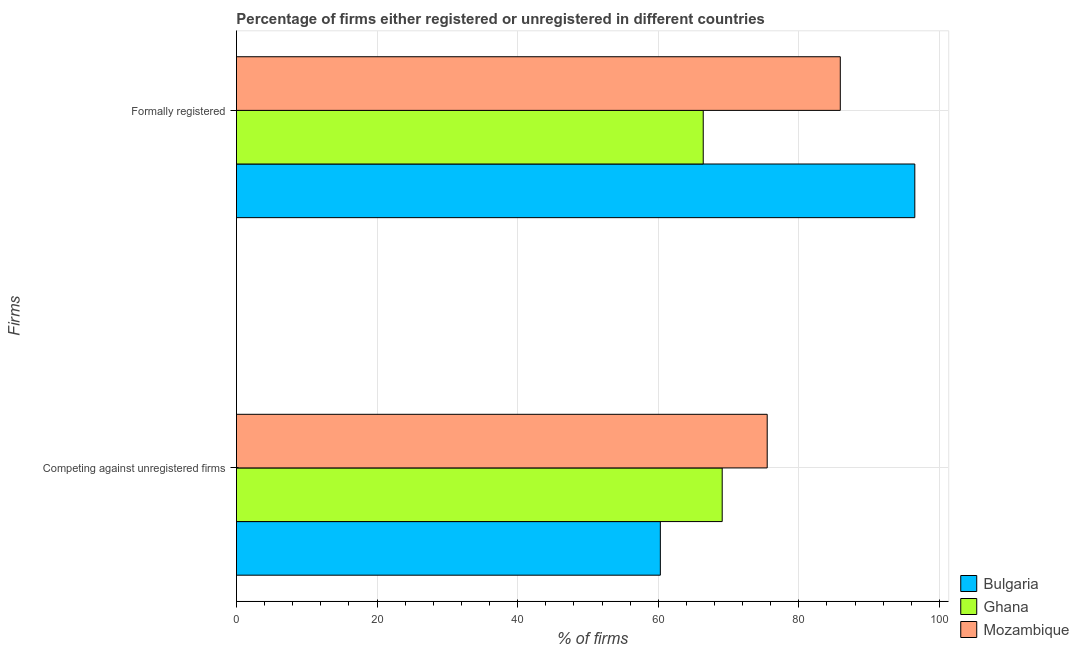
| Firms | Bulgaria | Ghana | Mozambique |
 | --- | --- | --- | --- |
 | Competing against unregistered firms | 60.3 | 69.1 | 75.5 |
 | Formally registered | 96.5 | 66.4 | 85.9 |